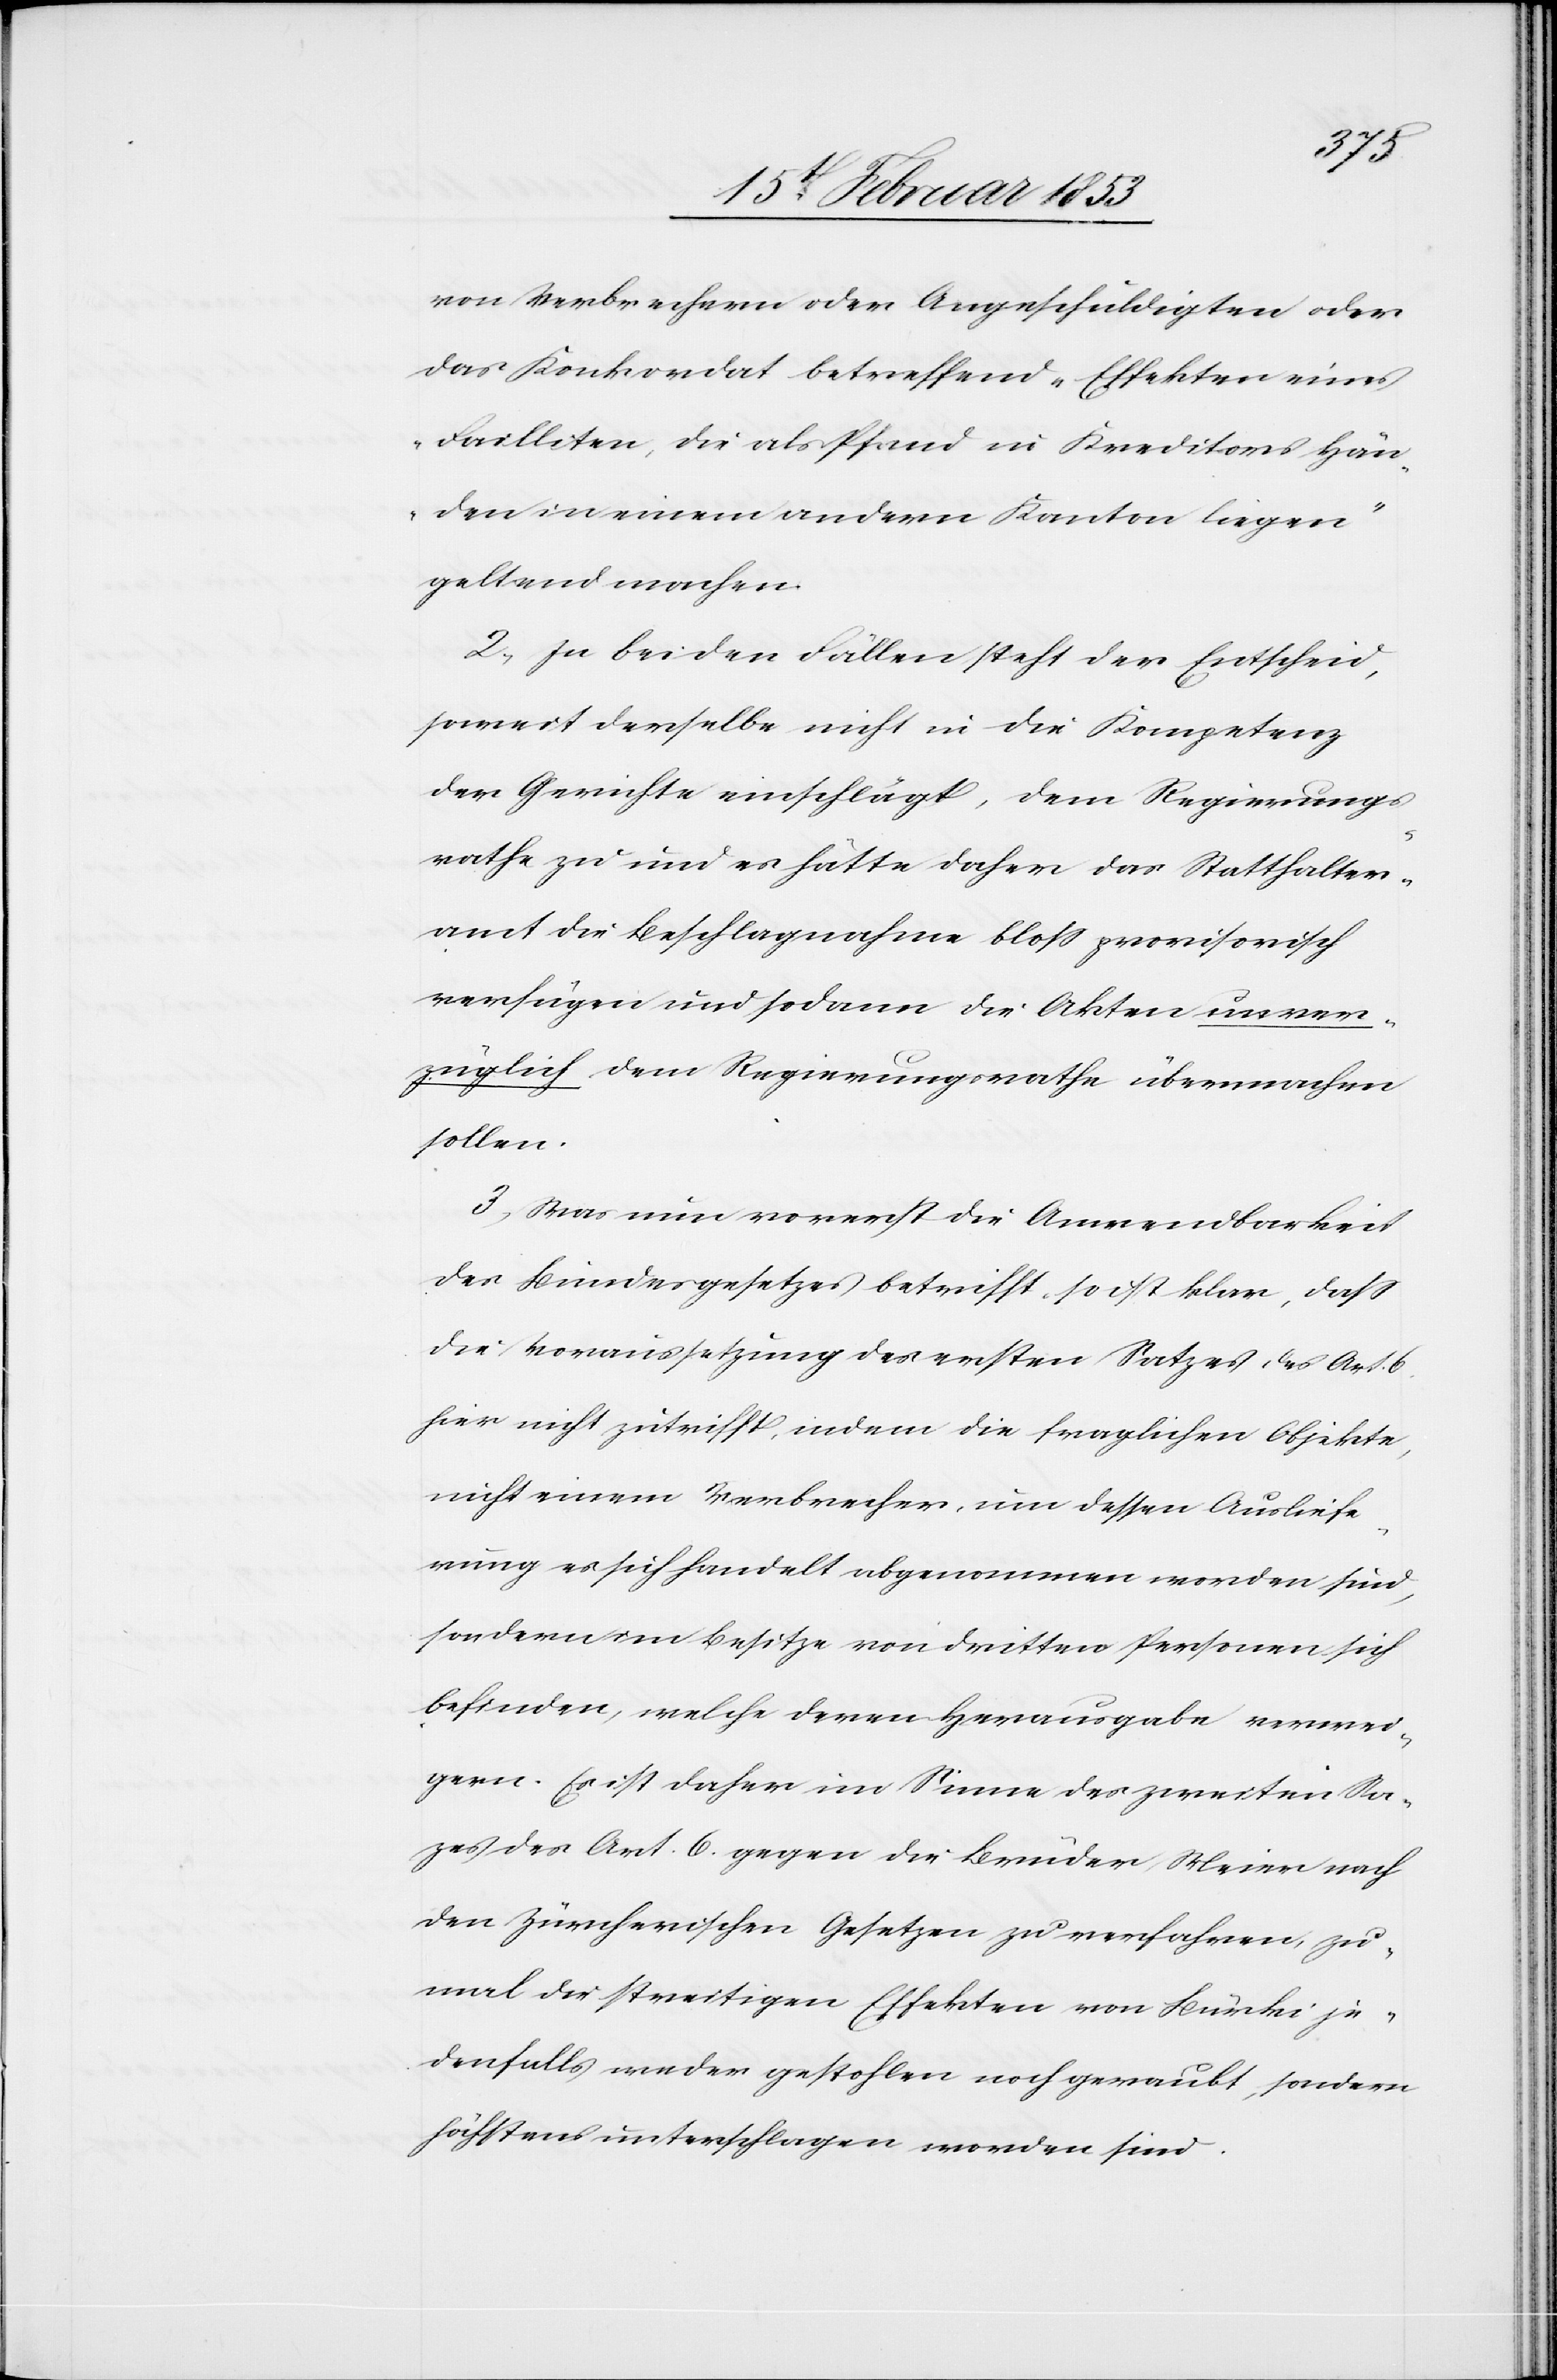
von Verbrechern oder Angeschuldigten oder
das Konkordat betreffend „Effekten eines
Failliten, die als Pfand in Kreditors Hän¬
den in einem andern Kanton liegen“
geltend machen.
2, In beiden Fällen steht der Entscheid,
soweit derselbe nicht in die Kompetenz
der Gerichte einschlägt, dem Regierungs¬
rathe zu und hätte daher das Statthalter¬
amt die Beschlagnahme bloß provisorisch
verfügen und sodann die Akten unver¬
züglich dem Regierungsrathe übermachen
sollen.
3, Was ein vorerst die Anwendbarkeit
des Bundergesetzes betrifft, so ist klar, daß
die Vorraussetzung des ersten Satzes des Art. 6
hier nicht zutrifft, indem die fraglichen Objekte,
nicht einem Verbrecher, um dessen Ausliefe¬
rung es sich handelt abgenommen worden sind,
sondern im Besitze von dritten Personen sich
befinden, welche deren Herausgabe verwei¬
gern. Es ist daher im Sinne des zweiten Sa¬
tzes des Art. 6 gegen die Brüder Meier nach
den Zürcherischen Gesetzen zu verfahren, zu¬
mal die streitigen Effekten von Bürki je¬
denfalls weder gestohlen noch geraubt, sondern
höchstens unterschlagen worden sind.